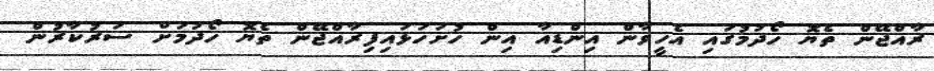
ރާއްޖޭން ތެޔޮ ހޯދުމުގައި އެހީވާން އިންޑިއާ އިން ހުށަހަޅައިފިރާއްޖޭން ތެޔޮ ހޯދުމަށް ސަރުކާރުން